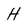
Character: H